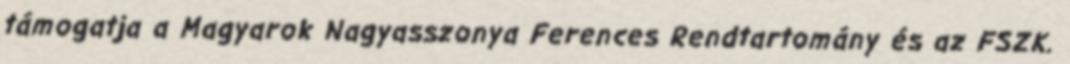
támogatja a Magyarok Nagyasszonya Ferences Rendtartomány és az FSZK.